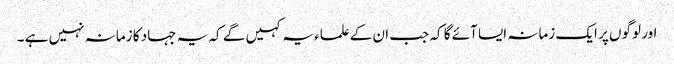
اور لوگوں پر ایک زمانہ ایسا آئے گا کہ جب ان کےعلماء یہ کہیں گے کہ یہ جہاد کا زمانہ نہیں ہے ۔